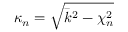
\kappa _ { n } = \sqrt { \bar { k } ^ { 2 } - \chi _ { n } ^ { 2 } }